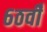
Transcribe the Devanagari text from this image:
६ठवीँ